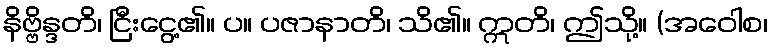
နိဗ္ဗိန္ဒတိ၊ ငြီးငွေ့၏။ ပ။ ပဇာနာတိ၊ သိ၏။ ဣတိ၊ ဤသို့။ (အဝေါစ၊